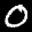
Label: 0